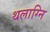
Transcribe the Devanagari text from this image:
थलाग्नि